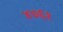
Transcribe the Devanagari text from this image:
४७६१